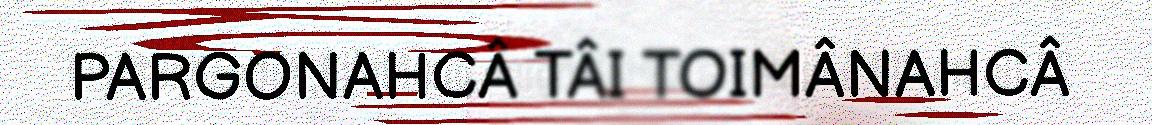
PARGONAHCÂ TÂI TOIMÂNAHCÂ